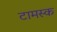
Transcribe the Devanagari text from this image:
टामस्क